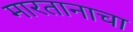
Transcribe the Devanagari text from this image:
मारतानाचा